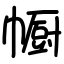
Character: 㡡